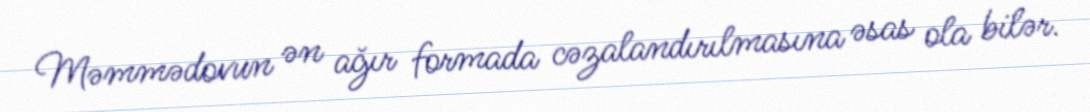
Məmmədovun ən ağır formada cəzalandırılmasına əsas ola bilər.